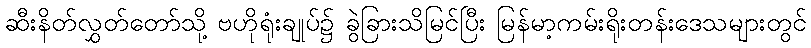
ဆီးနိတ်လွှတ်တော်သို့ ဗဟိုရုံးချုပ်၌ ခွဲခြားသိမြင်ပြီး မြန်မာ့ကမ်းရိုးတန်းဒေသများတွင်